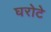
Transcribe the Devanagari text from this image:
घरोटे